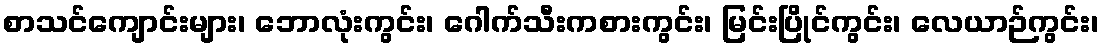
စာသင်ကျောင်းများ၊ ဘောလုံးကွင်း၊ ဂေါက်သီးကစားကွင်း၊ မြင်းပြိုင်ကွင်း၊ လေယာဉ်ကွင်း၊